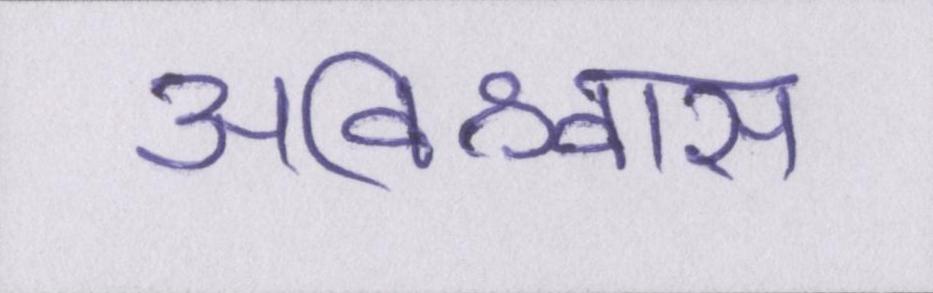
अविश्वास